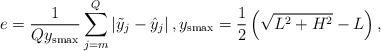
LaTeX: \begin{align*} e = \frac{1}{Q y_\mathrm{smax}} \sum_{j=m}^Q \left| \tilde{y}_j - \hat{y}_j \right| , y_\mathrm{smax} = \frac{1}{2}\left( \sqrt{L^2 + H^2} - L \right) , \end{align*}